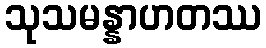
သုသမန္နာဟတဿ